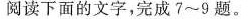
阅读下面的文字，完成7~9题。